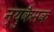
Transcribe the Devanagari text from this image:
न्युकैसक